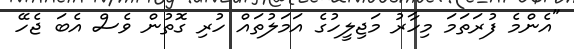
"އެންމެ ފުރަތަމަ މިހާރު މަޖިލީހުގެ އަމަލުތައް ހުރި ގޮތުން ވެސް އެބަ ޖެހޭ